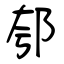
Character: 郀